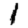
Digit: 1